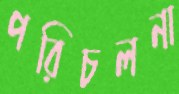
পরিচলনা